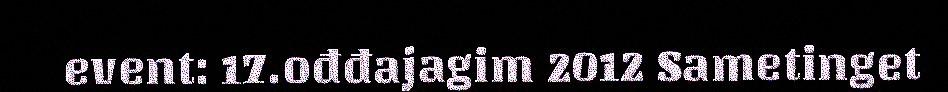
event: 17.ođđajagim 2012 Sametinget